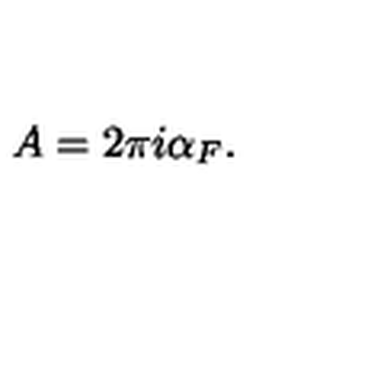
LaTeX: A = 2 \pi i \alpha _ { F } .